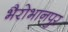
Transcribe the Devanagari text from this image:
भैरोभानपुर